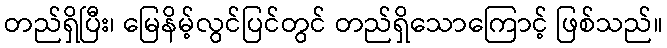
တည်ရှိပြီး၊ မြေနိမ့်လွင်ပြင်တွင် တည်ရှိသောကြောင့် ဖြစ်သည်။